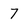
Character: 7